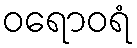
ဝရောဝရံ